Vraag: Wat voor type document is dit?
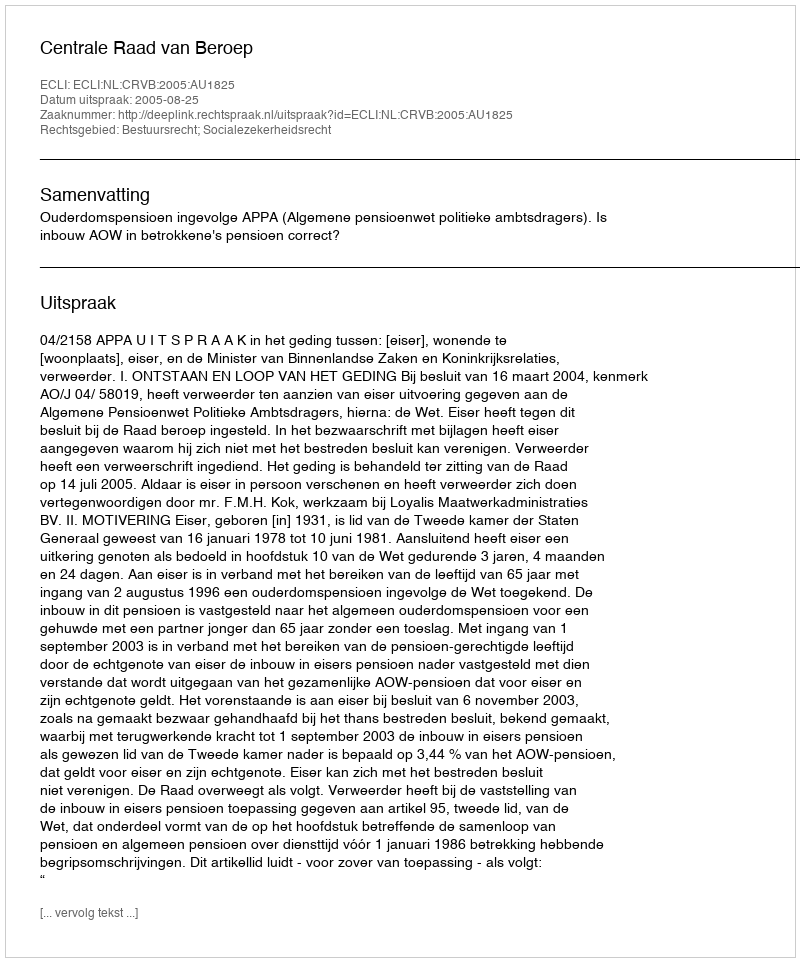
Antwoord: Uitspraak